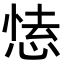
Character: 𢝍